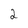
Character: 2